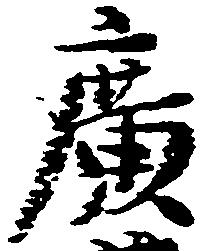
広